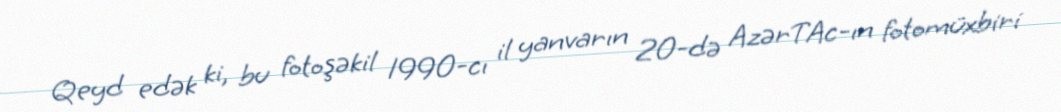
Qeyd edək ki, bu fotoşəkil 1990-cı il yanvarın 20-də AzərTAc-ın fotomüxbiri